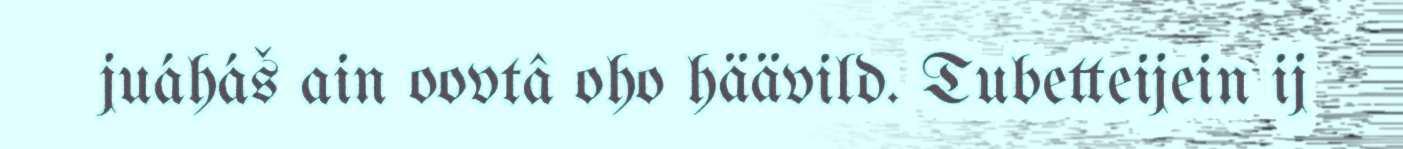
juáháš ain oovtâ oho häävild. Tubetteijein ij